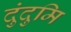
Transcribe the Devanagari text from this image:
दुंदुमि